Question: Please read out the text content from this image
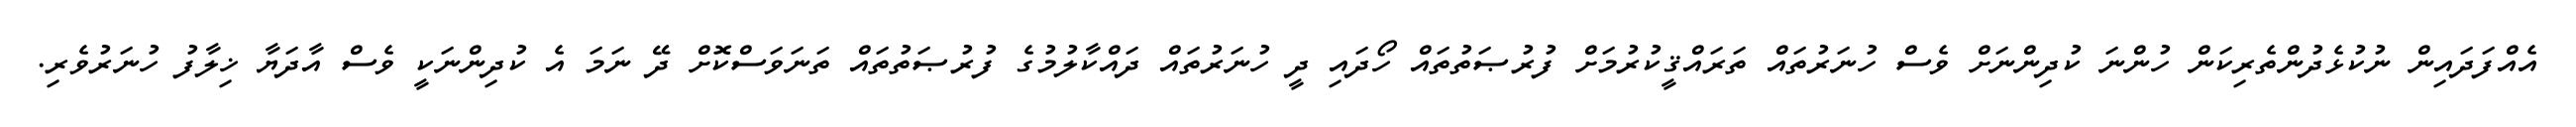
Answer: އެއްފަދައިން ނުކުޅެދުންތެރިކަން ހުންނަ ކުދިންނަށް ވެސް ހުނަރުތައް ތަރައްޤީކުރުމަށް ފުރުޞަތުތައް ހޯދައި ދީ ހުނަރުތައް ދައްކާލުމުގެ ފުރުޞަތުތައް ތަނަވަސްކޮށް ދޭ ނަމަ އެ ކުދިންނަކީ ވެސް އާދަޔާ ޚިލާފު ހުނަރުވެރި.